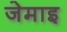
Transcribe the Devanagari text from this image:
जेमाइ